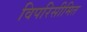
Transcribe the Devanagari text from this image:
विपरिसीमित